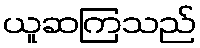
ယူဆကြသည်